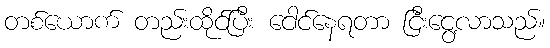
တစ်ယောက် တည်းထိုင်ပြီး ငေါင်နေရတာ ငြီးငွေ့လာသည်။